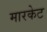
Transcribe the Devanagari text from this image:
मारकेट